Annual report of the Punjab Veterinary College and of the Civil Veterinary Department, Punjab - 1920-1925
Year: 1920
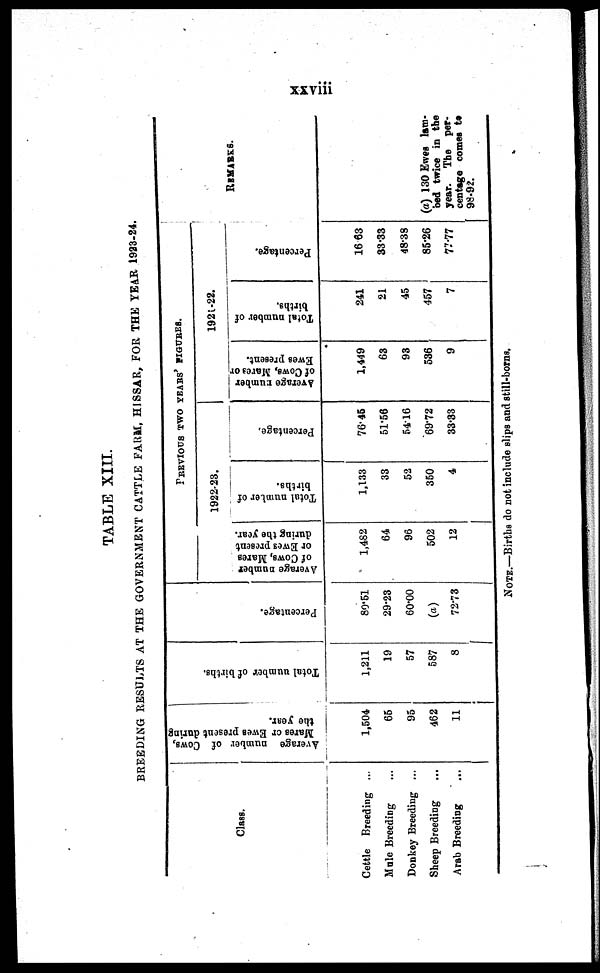
xxvii
TABLE XIII.
BREEDING RESULTS AT THE GOVERNMENT CATTLE FARM, HISSAR, FOR THE YEAR 1923-24.
Class.
Cattle Breeding ...
Male Breeding ...
Donkey Breeding ...
Sheep Breeding ...
Arab Breeding
...
Average number of Cows,
Mares or Ewes present daring
the year.
1,504
66
95
462
11
Total number of births.
1,211
19
57
587
8
Percentage.
80·51
29·23
60·00
(a)
72·73
Average number
of Cows, Mares
or Ewes present
during the year.
1,482
64
96
502
12
PREVIOUS TWO YEARS FIGURES.
1922-23.
Total number of
births.
1,133
33
52
350
4
Percentage,
76·45
51·56
54·16
6972
33·83
Average number
of Cows, Mares or
Ewes present.
1,449
68
98
586
9
1921-22.
Total number of
births.
241
21
45
457
7
Percentage.
16 63
33·33
48·38
85·26
77·77
REMARKS.
(a) 130 Ewes lam-
bed twice in the
year. The per-
centage comes to
98·92.
NOTE.—Births do not include slips and still-borns.